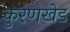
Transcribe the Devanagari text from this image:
कुरणखेड